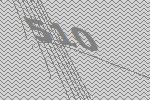
510